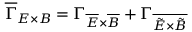
\overline { { \Gamma } } _ { E \times B } = \Gamma _ { \overline { { E } } \times \overline { { B } } } + \Gamma _ { \overline { { \tilde { E } \times \tilde { B } } } }